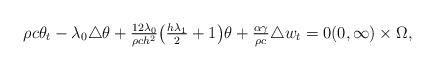
LaTeX: \begin{align*}\rho c \theta_{t} - \lambda_{0} \triangle \theta+ \tfrac{12 \lambda_{0}}{\rho c h^{2}} \big(\tfrac{h \lambda_{1}}{2} + 1\big) \theta+ \tfrac{\alpha \gamma}{\rho c} \triangle w_{t} = 0 (0, \infty) \times \Omega, \end{align*}